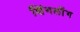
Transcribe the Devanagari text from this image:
शिंगलोंग